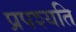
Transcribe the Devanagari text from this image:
प्रपश्यति